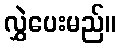
လွှဲပေးမည်။